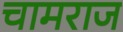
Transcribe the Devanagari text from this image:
चामराज